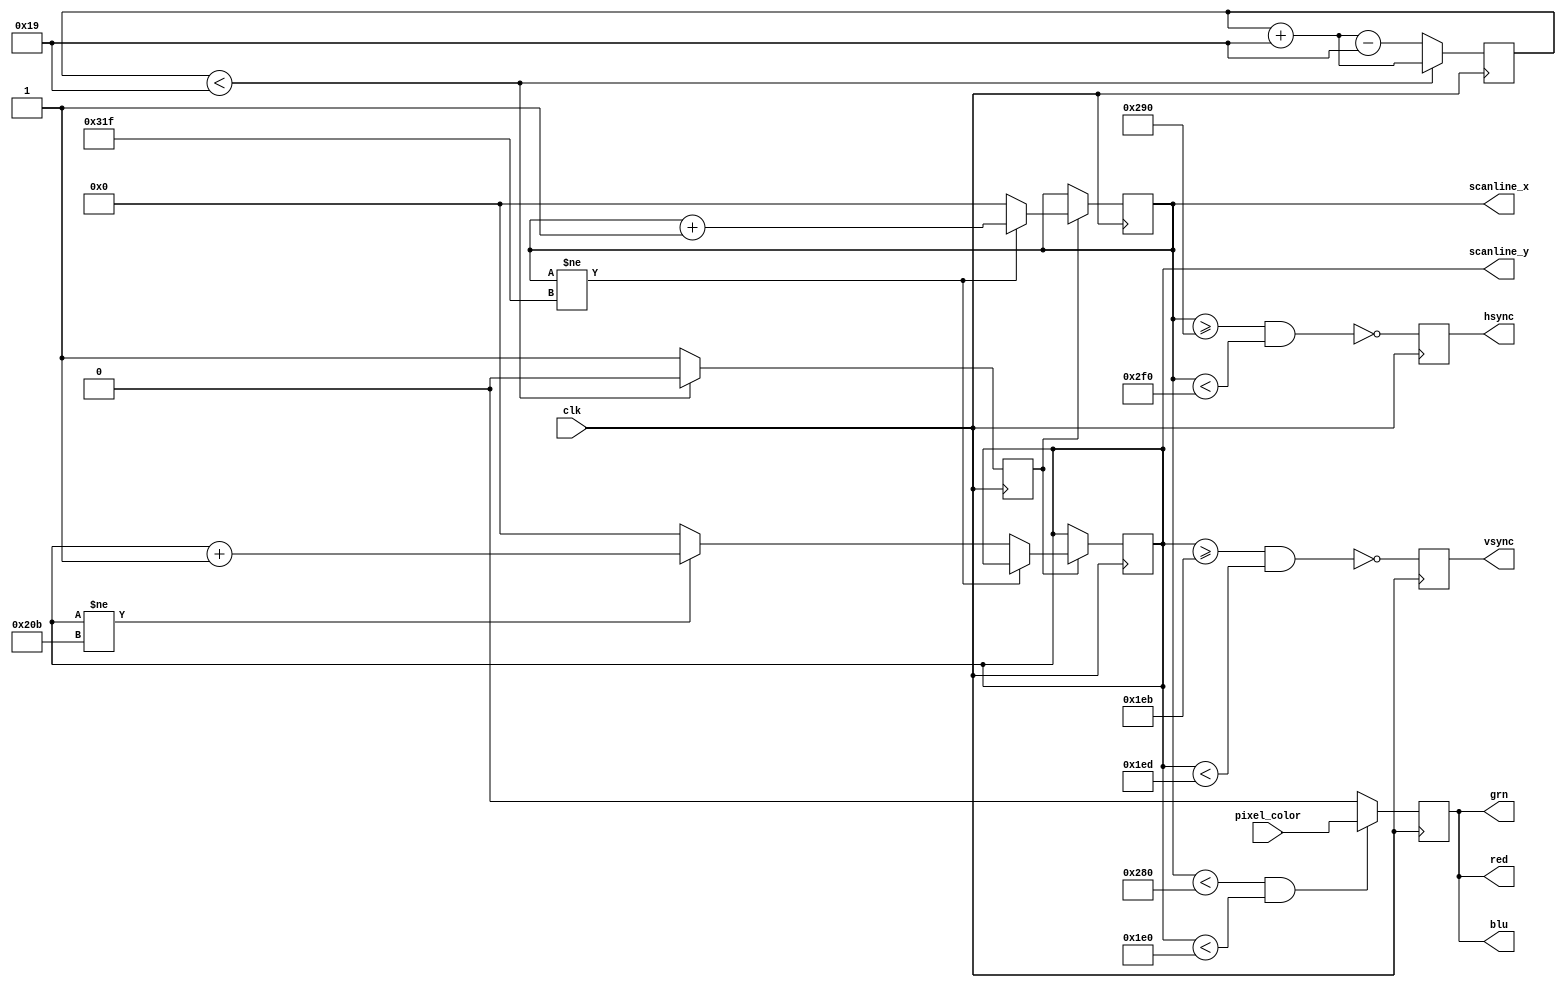
/*

Copyright (c) 2018, Matt Kimball
All rights reserved.

Redistribution and use in source and binary forms, with or without
modification, are permitted provided that the following conditions are met:

1. Redistributions of source code must retain the above copyright notice, this
   list of conditions and the following disclaimer.
2. Redistributions in binary form must reproduce the above copyright notice,
   this list of conditions and the following disclaimer in the documentation
   and/or other materials provided with the distribution.

THIS SOFTWARE IS PROVIDED BY THE COPYRIGHT HOLDERS AND CONTRIBUTORS "AS IS" AND
ANY EXPRESS OR IMPLIED WARRANTIES, INCLUDING, BUT NOT LIMITED TO, THE IMPLIED
WARRANTIES OF MERCHANTABILITY AND FITNESS FOR A PARTICULAR PURPOSE ARE
DISCLAIMED. IN NO EVENT SHALL THE COPYRIGHT OWNER OR CONTRIBUTORS BE LIABLE FOR
ANY DIRECT, INDIRECT, INCIDENTAL, SPECIAL, EXEMPLARY, OR CONSEQUENTIAL DAMAGES
(INCLUDING, BUT NOT LIMITED TO, PROCUREMENT OF SUBSTITUTE GOODS OR SERVICES;
LOSS OF USE, DATA, OR PROFITS; OR BUSINESS INTERRUPTION) HOWEVER CAUSED AND
ON ANY THEORY OF LIABILITY, WHETHER IN CONTRACT, STRICT LIABILITY, OR TORT
(INCLUDING NEGLIGENCE OR OTHERWISE) ARISING IN ANY WAY OUT OF THE USE OF THIS
SOFTWARE, EVEN IF ADVISED OF THE POSSIBILITY OF SUCH DAMAGE.

The views and conclusions contained in the software and documentation are those
of the authors and should not be interpreted as representing official policies,
either expressed or implied, of the ToyGPU project.

*/


/*
    Well run the pixel clock for 640x480 at 25 MHz.  (Actually, the spec
    is for 25.175 MHz, but 25 MHz is close enough.)
*/
`define VGA_MHZ 25


/*  640x480 @ 60Hz timing values  */
`define X_ACTIVE_WIDTH 640
`define X_SYNC_BEGIN 656
`define X_SYNC_END 752
`define X_TOTAL_WIDTH 800

`define Y_ACTIVE_HEIGHT 480
`define Y_SYNC_BEGIN 491
`define Y_SYNC_END 493
`define Y_TOTAL_HEIGHT 524


/*  Generate VGA display signals  */
module VGAScan #(
    /*  External clock frequency must be equal to or faster than VGA  */
    parameter [7:0] CLK_MHZ = `VGA_MHZ
) (
    input clk,
    output hsync,
    output vsync,
    output red,
    output grn,
    output blu,

    output [9:0] scanline_y,
    output [9:0] scanline_x,
    input pixel_color
);
    reg [7:0] clk_frac = 0;
    reg vga_tick;

    /*
        Given that the external clock can differ arbitrarily from
        the VGA clock, activate the VGA clock tick by keeping
        a fractional count of clock error.
    */
    always @(posedge clk)
    begin
        if (clk_frac < CLK_MHZ)
        begin
            clk_frac <= clk_frac + `VGA_MHZ;
            vga_tick <= 0;
        end else begin
            clk_frac <= clk_frac + `VGA_MHZ - CLK_MHZ;
            vga_tick <= 1;
        end
    end

    reg [9:0] scan_x = 0;
    reg [9:0] scan_y = 0;
    reg scan_parity = 0;

    assign scanline_x = scan_x;
    assign scanline_y = scan_y;

    /*  Update the scan position every VGA tick  */
    always @(posedge clk)
    begin
        if (vga_tick)
        begin
            if (scan_x != `X_TOTAL_WIDTH - 1)
            begin
                scan_x <= scan_x + 1;
            end else begin
                scan_x <= 0;

                if (scan_y != `Y_TOTAL_HEIGHT - 1)
                begin
                    scan_y <= scan_y + 1;
                end else begin
                    scan_y <= 0;
                end
            end
        end
    end

    reg hsync_reg;
    reg vsync_reg;
    reg color;

    assign hsync = hsync_reg;
    assign vsync = vsync_reg;

    always @(posedge clk)
    begin
        hsync_reg <= !(scan_x >= `X_SYNC_BEGIN && scan_x < `X_SYNC_END);
        vsync_reg <= !(scan_y >= `Y_SYNC_BEGIN && scan_y < `Y_SYNC_END);

        if (scan_x < `X_ACTIVE_WIDTH && scan_y < `Y_ACTIVE_HEIGHT)
        begin
            color <= pixel_color;
        end else begin
            color <= 0;
        end
    end

    assign red = color;
    assign grn = color;
    assign blu = color;
endmodule